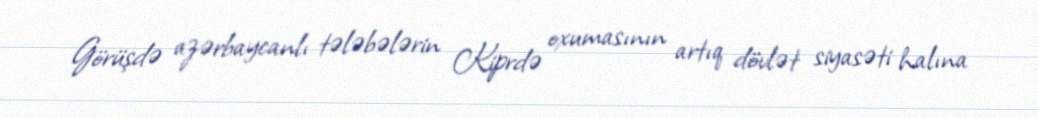
Görüşdə azərbaycanlı tələbələrin Kiprdə oxumasının artıq dövlət siyasəti halına